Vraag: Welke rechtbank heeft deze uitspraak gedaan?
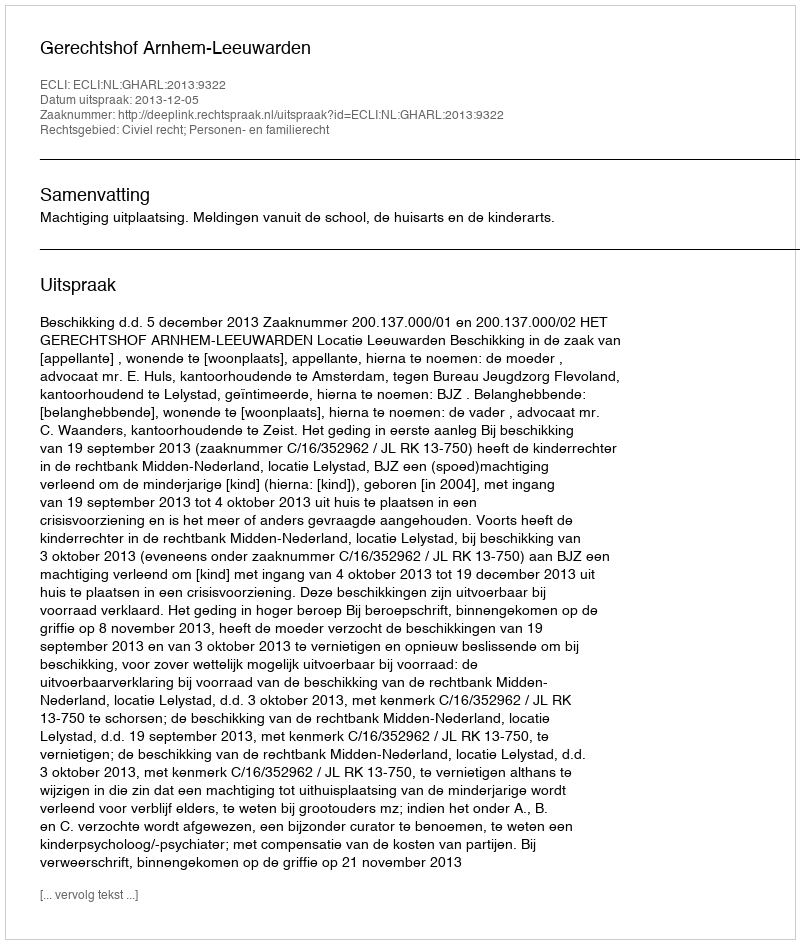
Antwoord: Gerechtshof Arnhem-Leeuwarden